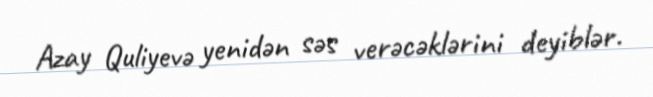
Azay Quliyevə yenidən səs verəcəklərini deyiblər.